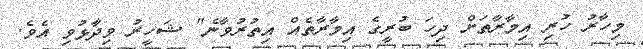
މިހާރު ހުރި އިމާރާތަށް ދިހަ ބުރީގެ އިމާރާތެއް އިތުރުވާނެ" ޝަހީރު ވިދާޅުވި އެވެ.